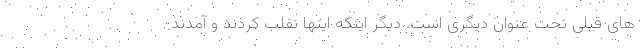
های قبلی تحت عنوان دیگری است. دیگر اینکه اینها تقلب کردند و آمدند